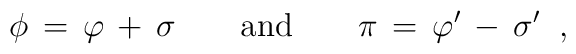
\phi \,=\,\varphi \,+\,\sigma \qquad \mbox{and}\qquad \pi \,=\,\varphi^{\prime }\,-\,\sigma ^{\prime }\;\;,